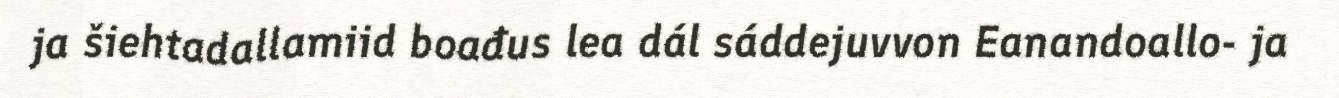
ja šiehtadallamiid boađus lea dál sáddejuvvon Eanandoallo- ja